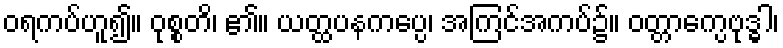
ဝရကပ်ဟူ၍။ ဝုစ္စတိ၊ ၏။ ယတ္ထပနကပ္ပေ၊ အကြင်အကပ်၌။ ဝတ္တာက္ပေဗုဒ္ဓါ၊